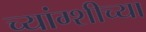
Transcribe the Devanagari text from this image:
च्यांग्शीच्या